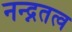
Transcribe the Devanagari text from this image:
नन्द्नतत्व